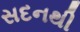
સદનથી